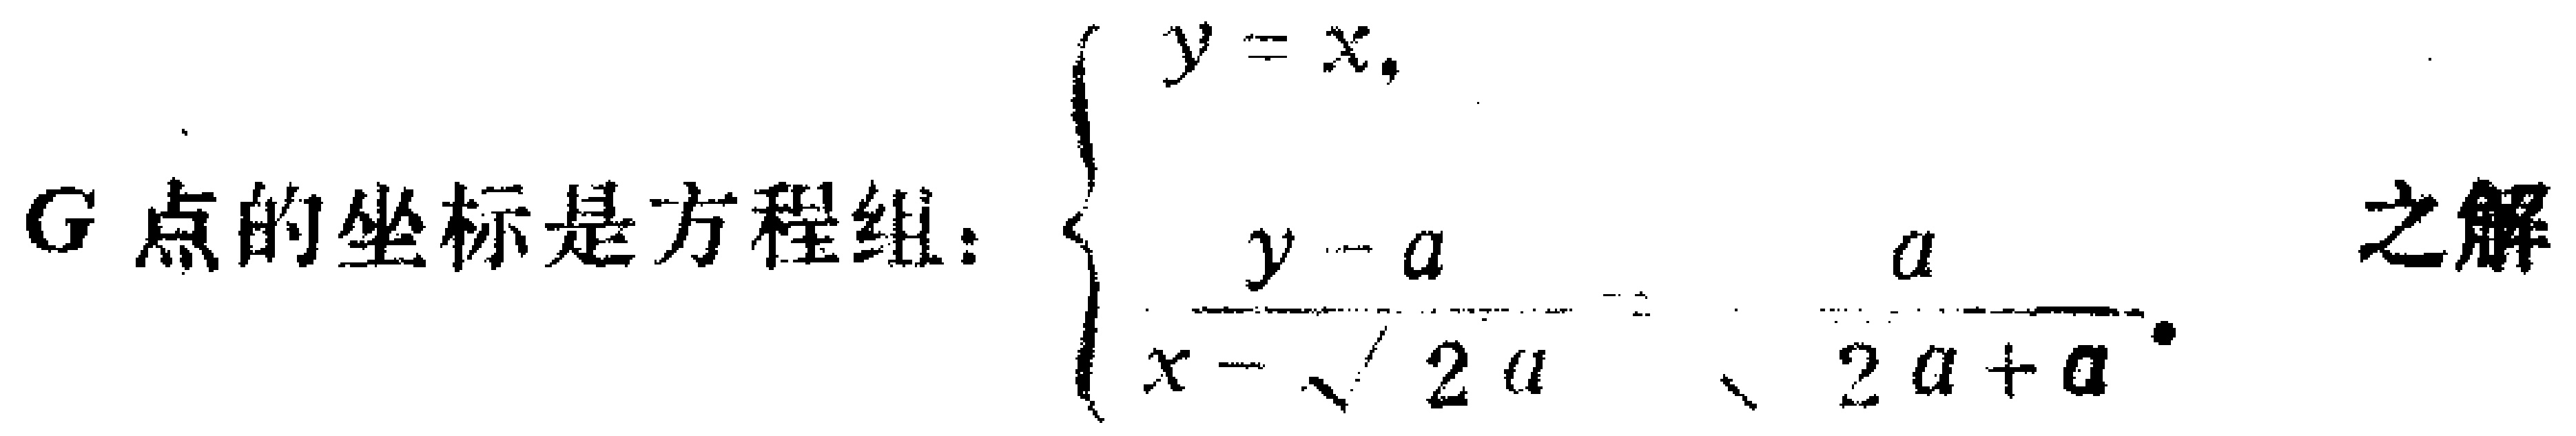
$G\text{ 点的坐标是方程组：}

\begin{cases}

y = x, \\

\frac{y - a}{x - \sqrt{2}a}=-\frac{a}{\sqrt{2}a + a}.

\end{cases}\text{ 之解}$